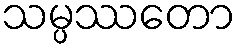
သမ္ပဿတော